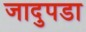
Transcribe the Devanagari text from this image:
जादुपडा